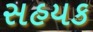
સહયક